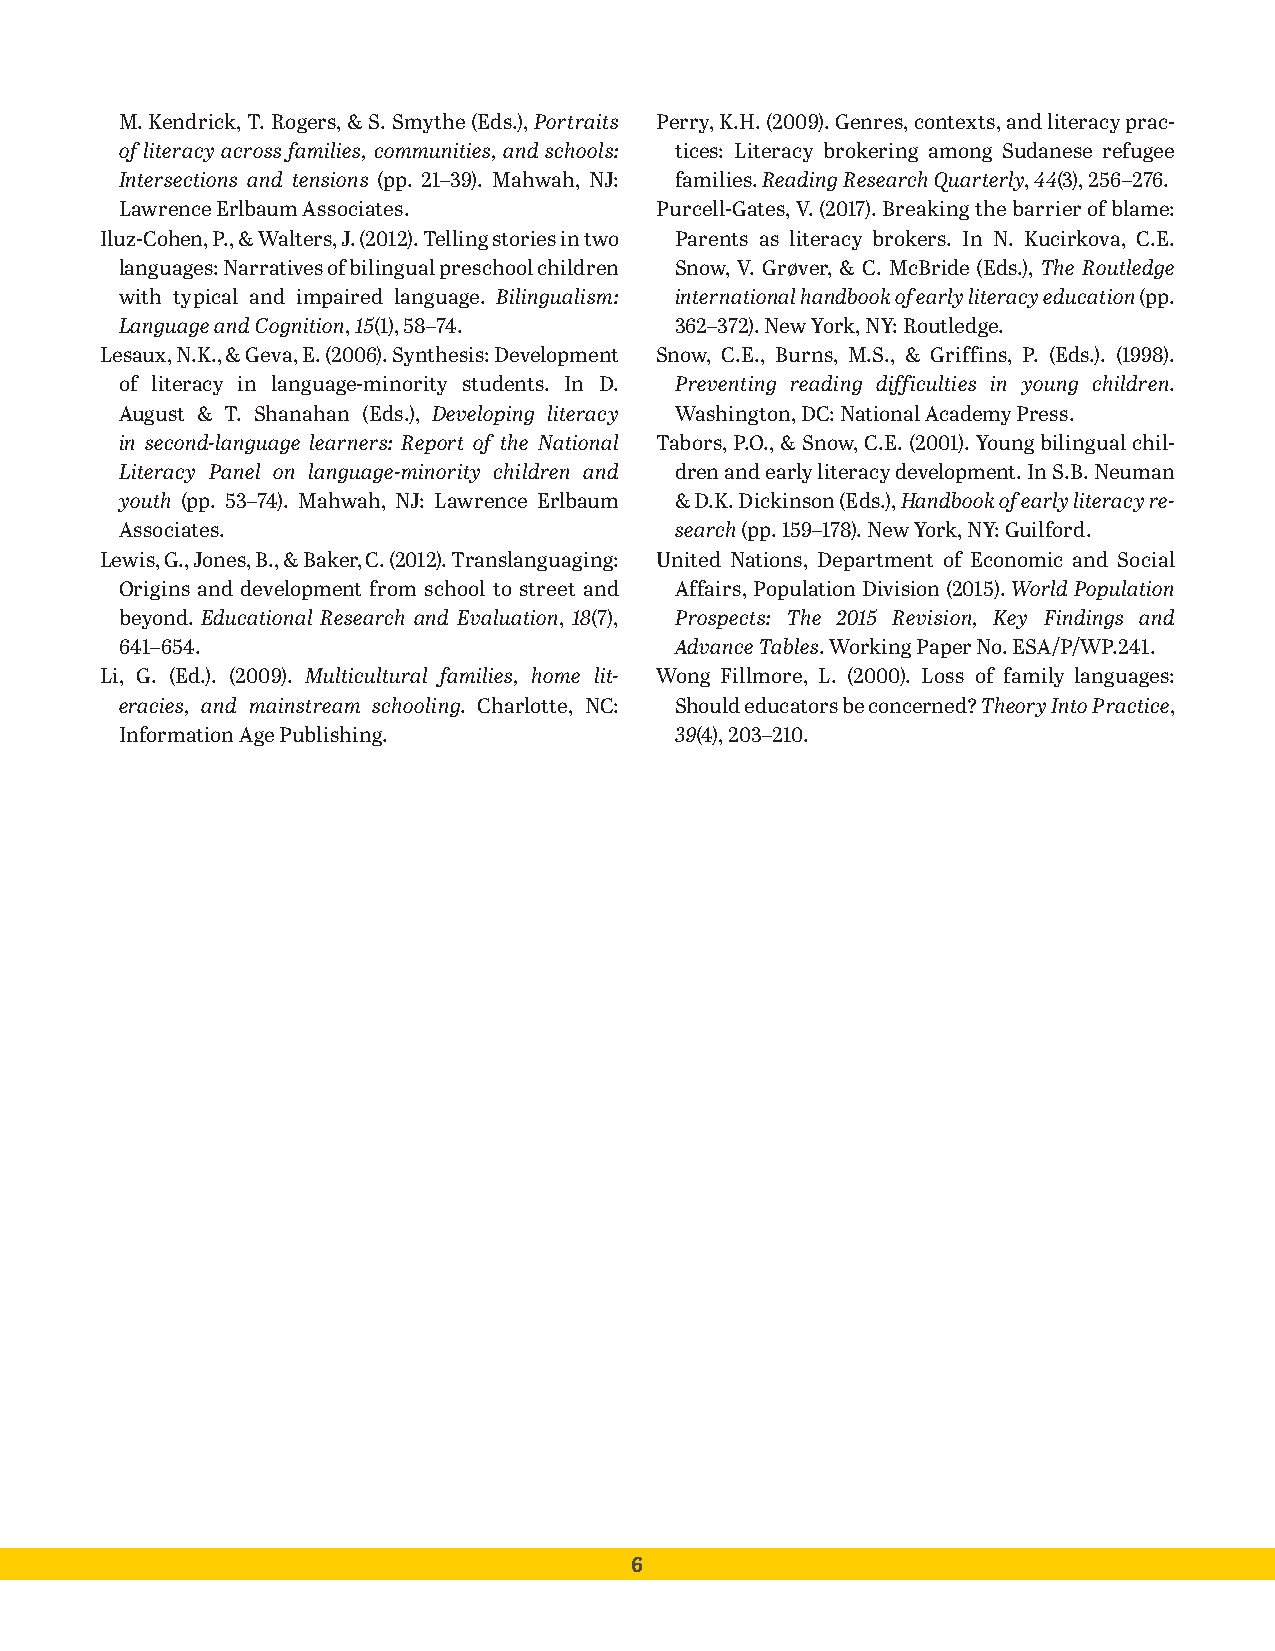
M. Kendrick, T. Rogers, & S. Smythe (Eds.), Portraits Perry, K.H. (2009). Genres, contexts, and literacy prac-
 of literacy across families, communities, and schools: tices: Literacy brokering among Sudanese refugee
 Intersections and tensions (pp. 21–39). Mahwah, NJ: families. Reading Research Quarterly, 44(3), 256–276.
 Lawrence Erlbaum Associates.       Purcell-Gates, V. (2017). Breaking the barrier of blame:
 Iluz-Cohen, P., & Walters, J. (2012). Telling stories in two Parents as literacy brokers. In N. Kucirkova, C.E.
 languages: Narratives of bilingual preschool children Snow, V. Grøver, & C. McBride (Eds.), The Routledge
 with typical and impaired language. Bilingualism: international handbook of early literacy education (pp.
 Language and Cognition, 15(1), 58–74. 362–372). New York, NY: Routledge.
 Lesaux, N.K., & Geva, E. (2006). Synthesis: Development Snow, C.E., Burns, M.S., & Griffins, P. (Eds.). (1998).
 of literacy in language-minority students. In D. Preventing reading difficulties in young children.
 August & T. Shanahan (Eds.), Developing literacy Washington, DC: National Academy Press.
 in second-language learners: Report of the National Tabors, P.O., & Snow, C.E. (2001). Young bilingual chil-
 Literacy Panel on language-minority children and dren and early literacy development. In S.B. Neuman
 youth (pp. 53–74). Mahwah, NJ: Lawrence Erlbaum & D.K. Dickinson (Eds.), Handbook of early literacy re-
 Associates.                          search (pp. 159–178). New York, NY: Guilford.
 Lewis, G., Jones, B., & Baker, C. (2012). Translanguaging: United Nations, Department of Economic and Social
 Origins and development from school to street and Affairs, Population Division (2015). World Population
 beyond. Educational Research and Evaluation, 18(7), Prospects: The 2015 Revision, Key Findings and
 641–654.                             Advance Tables. Working Paper No. ESA/P/WP.241.
 Li, G. (Ed.). (2009). Multicultural families, home lit- Wong Fillmore, L. (2000). Loss of family languages:
 eracies, and mainstream schooling. Charlotte, NC: Should educators be concerned? Theory Into Practice,
 Information Age Publishing.          39(4), 203–210.
 6